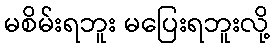
မစိမ်းရဘူး မပြေးရဘူးလို့